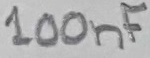
Text: 100nF